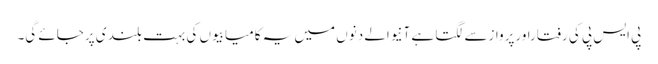
پی ایس پی کی رفتاراورپروازسے لگتا ہے آنیوالے دنوں میں یہ کامیابیوں کی بہت بلند ی پرجائے گی۔